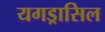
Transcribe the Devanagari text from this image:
यगड्रासिल